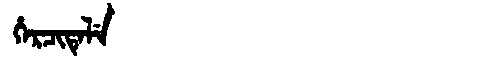
Manchu: ᡥᡝᡵᠴᡳᡨᡝᠯᡝ
Romanization: HERCITELE